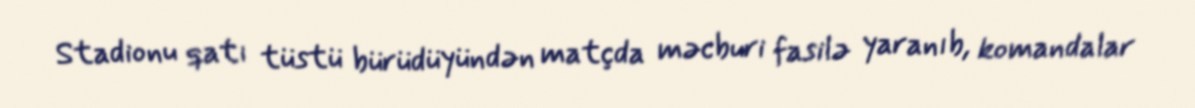
Stadionu qatı tüstü bürüdüyündən matçda məcburi fasilə yaranıb, komandalar